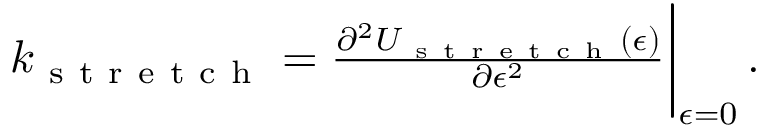
\begin{array} { r } { k _ { \mathrm { ~ s ~ t ~ r ~ e ~ t ~ c ~ h ~ } } = \frac { \partial ^ { 2 } U _ { \mathrm { ~ s ~ t ~ r ~ e ~ t ~ c ~ h ~ } } ( \epsilon ) } { \partial \epsilon ^ { 2 } } \bigg \rvert _ { \epsilon = 0 } \, . } \end{array}